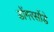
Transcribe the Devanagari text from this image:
डोंगरसोंडे